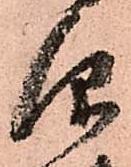
仰